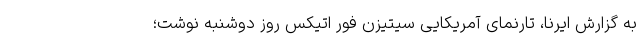
به گزارش ایرنا، تارنمای آمریکایی سیتیزن فور اتیکس روز دوشنبه نوشت؛